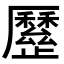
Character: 𣦯